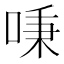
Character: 𠶏